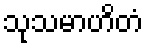
သုသမာဟိတံ